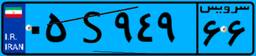
۰۵S۹۴۹۶۶